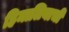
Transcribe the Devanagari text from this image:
हिमालियाची